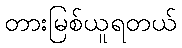
တားမြစ်ယူရတယ်